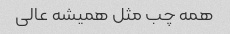
همه چب مثل همیشه عالی